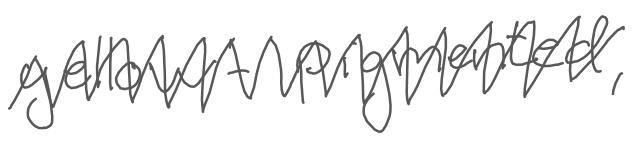
Text: yellow-pigmented,
Cross-out: zig-zag
Writing tool: digital_gray